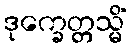
ဒုက္ခေတ္တသ္မိံ